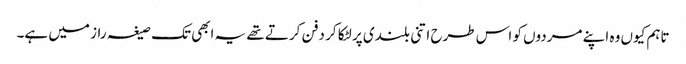
تاہم کیوں وہ اپنے مردوں کو اس طرح اتنی بلندی پر لٹکا کر دفن کرتے تھے یہ ابھی تک صیغہ راز میں ہے۔